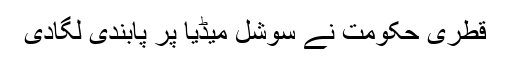
قطری حکومت نے سوشل میڈیا پر پابندی لگادی